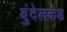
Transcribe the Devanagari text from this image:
बुंदेलकंड